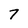
Character: 7